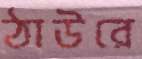
ঠাউরে